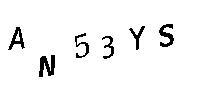
AN53YS